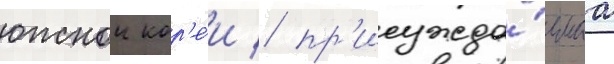
южнои кор'е́и / пр'исужда́емаа